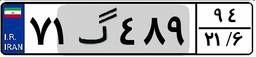
۷۱گ۴۸۹۹۴